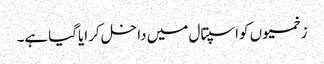
زخمیوں کواسپتال میں داخل کرایاگیاہے۔